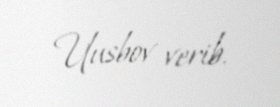
Uusbov verib.